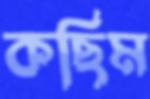
কছিম